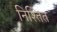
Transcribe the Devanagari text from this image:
निश्तित